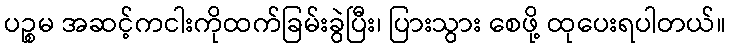
ပဉ္စမ အဆင့်ကငါးကိုထက်ခြမ်းခွဲပြီး၊ ပြားသွား စေဖို့ ထုပေးရပါတယ်။